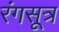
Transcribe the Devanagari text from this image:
रंगसूत्र